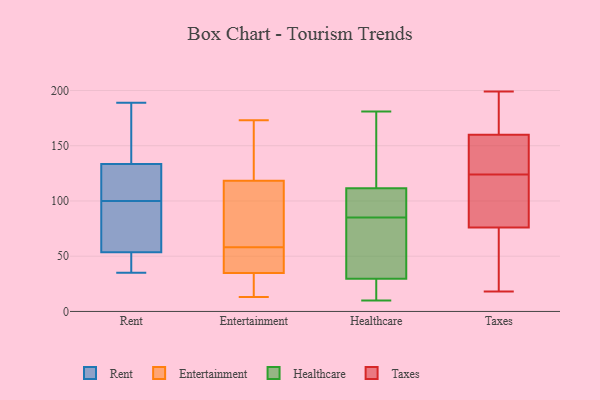
{"axis": {"x": "Temperature (°C)", "y": "Value"}, "legend": ["Entertainment", "Healthcare", "Rent", "Taxes"], "data": [{"x": "", "y": 189, "type": "Rent"}, {"x": "", "y": 35, "type": "Rent"}, {"x": "", "y": 136, "type": "Rent"}, {"x": "", "y": 126, "type": "Rent"}, {"x": "", "y": 51, "type": "Rent"}, {"x": "", "y": 61, "type": "Rent"}, {"x": "", "y": 175, "type": "Rent"}, {"x": "", "y": 39, "type": "Rent"}, {"x": "", "y": 94, "type": "Rent"}, {"x": "", "y": 100, "type": "Rent"}, {"x": "", "y": 109, "type": "Rent"}, {"x": "", "y": 19, "type": "Entertainment"}, {"x": "", "y": 167, "type": "Entertainment"}, {"x": "", "y": 45, "type": "Entertainment"}, {"x": "", "y": 34, "type": "Entertainment"}, {"x": "", "y": 35, "type": "Entertainment"}, {"x": "", "y": 80, "type": "Entertainment"}, {"x": "", "y": 47, "type": "Entertainment"}, {"x": "", "y": 173, "type": "Entertainment"}, {"x": "", "y": 78, "type": "Entertainment"}, {"x": "", "y": 58, "type": "Entertainment"}, {"x": "", "y": 116, "type": "Entertainment"}, {"x": "", "y": 125, "type": "Entertainment"}, {"x": "", "y": 13, "type": "Entertainment"}, {"x": "", "y": 168, "type": "Healthcare"}, {"x": "", "y": 37, "type": "Healthcare"}, {"x": "", "y": 15, "type": "Healthcare"}, {"x": "", "y": 162, "type": "Healthcare"}, {"x": "", "y": 15, "type": "Healthcare"}, {"x": "", "y": 85, "type": "Healthcare"}, {"x": "", "y": 118, "type": "Healthcare"}, {"x": "", "y": 89, "type": "Healthcare"}, {"x": "", "y": 181, "type": "Healthcare"}, {"x": "", "y": 10, "type": "Healthcare"}, {"x": "", "y": 92, "type": "Healthcare"}, {"x": "", "y": 46, "type": "Healthcare"}, {"x": "", "y": 91, "type": "Healthcare"}, {"x": "", "y": 65, "type": "Healthcare"}, {"x": "", "y": 27, "type": "Healthcare"}, {"x": "", "y": 124, "type": "Taxes"}, {"x": "", "y": 43, "type": "Taxes"}, {"x": "", "y": 102, "type": "Taxes"}, {"x": "", "y": 160, "type": "Taxes"}, {"x": "", "y": 148, "type": "Taxes"}, {"x": "", "y": 50, "type": "Taxes"}, {"x": "", "y": 49, "type": "Taxes"}, {"x": "", "y": 124, "type": "Taxes"}, {"x": "", "y": 161, "type": "Taxes"}, {"x": "", "y": 76, "type": "Taxes"}, {"x": "", "y": 89, "type": "Taxes"}, {"x": "", "y": 167, "type": "Taxes"}, {"x": "", "y": 154, "type": "Taxes"}, {"x": "", "y": 141, "type": "Taxes"}, {"x": "", "y": 199, "type": "Taxes"}, {"x": "", "y": 18, "type": "Taxes"}, {"x": "", "y": 108, "type": "Taxes"}, {"x": "", "y": 196, "type": "Taxes"}]}